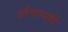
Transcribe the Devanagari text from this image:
सौभाग्यकी